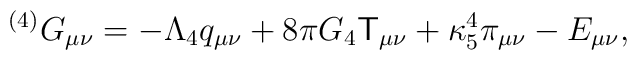
{}^{(4)}G_{\mu \nu }=-\Lambda _{4}q_{\mu \nu }+8\pi G_{4}{\sf T}_{\mu \nu}+\kappa _{5}^{4}\pi _{\mu \nu }-E_{\mu \nu },